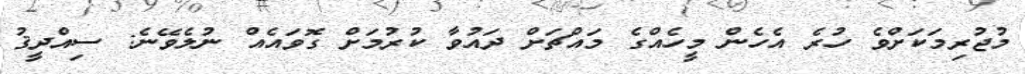
މުޖުރިމަކަށްވެ ހުރެ އެހެން މީހެއްގެ މައްޗަށް ދައުވާ ކުރުމަށް ގޮވައެއް ނުލެވޭނެ: ސިއްދީޤު